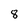
Character: 8